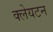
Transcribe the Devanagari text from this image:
क्लेयटन